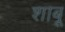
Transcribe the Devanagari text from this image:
शाबू